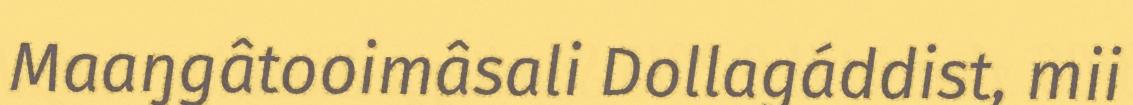
Maaŋgâtooimâsali Dollagáddist, mii